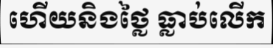
ហើយនិងថ្លៃ ធ្លាប់លើក